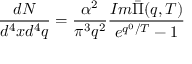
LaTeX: \frac { d N } { d ^ { 4 } x d ^ { 4 } q } = \frac { \alpha ^ { 2 } } { \pi ^ { 3 } q ^ { 2 } } \frac { I m \bar { \Pi } ( q , T ) } { e ^ { q ^ { 0 } / T } - 1 }